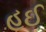
હઈ